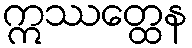
ဣဿတ္ထေန